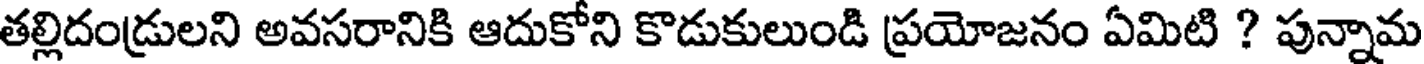
తల్లిదండ్రులని అవసరానికి ఆదుకోని కొడుకులుండి ప్రయోజనం ఏమిటి ? పున్నామ